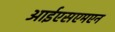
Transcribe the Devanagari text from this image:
आईएसएमएन